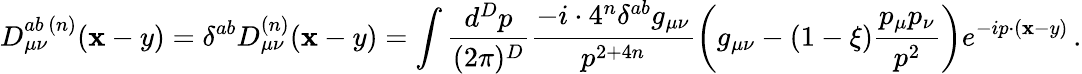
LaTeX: D_{\mu\nu}^{ab\, (n)}(\mathbf{x}-y)=\delta^{ab}D_{\mu\nu}^{(n)}(\mathbf{x}-y)=\int\frac{{d^{D}p}}{{(2\pi)^{D}}}\frac{{-i\cdot4^{n}\delta^{ab}g_{\mu\nu}}}{{p^{2+4n}}}\bigg(g_{\mu\nu}-(1-\xi)\frac{{p_{\mu}p_{\nu}}}{{p^{2}}}\bigg)e^{-ip\cdot(\mathbf{x}-y)}\, .